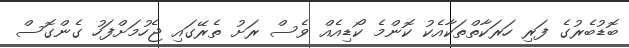
ބޮޑުބެރުގެ ފަރި ހަރަކާތްތަކާއެކު ކޮންމެ ކޯޑިއެއް ވެސް ރަށު ތެރޭގައި ޖެހުމަށްފަހު ގެންގޮސް